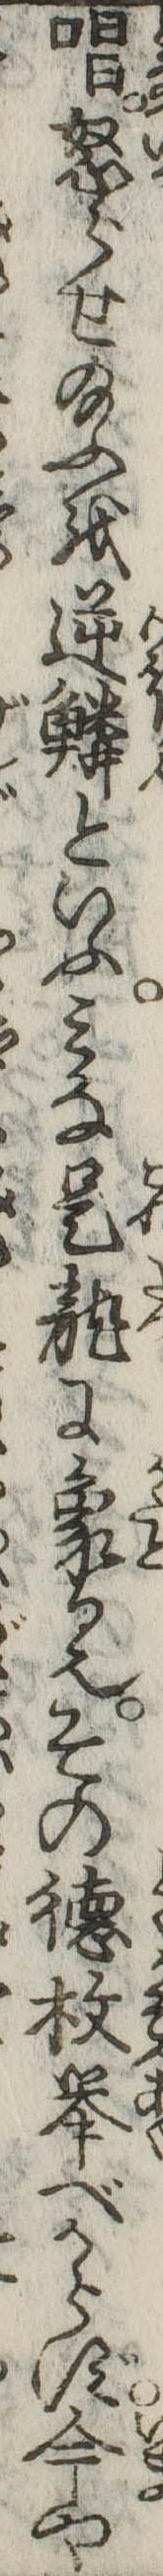
唱怒らせ給ふを逆鱗といふみな是竜に象る也その徳枚挙べからず今や